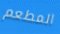
المطعم